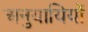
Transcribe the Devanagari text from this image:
अनुयायियों